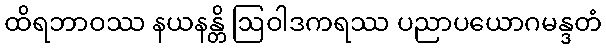
ထိရဘာဝဿ နယနန္တိ ဩဝါဒကရဿ ပညာပယောဂမန္ဒတံ